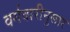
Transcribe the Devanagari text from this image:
वर्गवारीनुसार